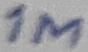
Text: 1M